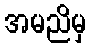
အမညိမှ